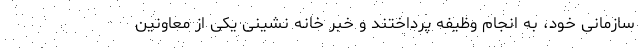
سازمانی خود، به انجام وظیفه پرداختند و خبر خانه نشینی یکی از معاونین